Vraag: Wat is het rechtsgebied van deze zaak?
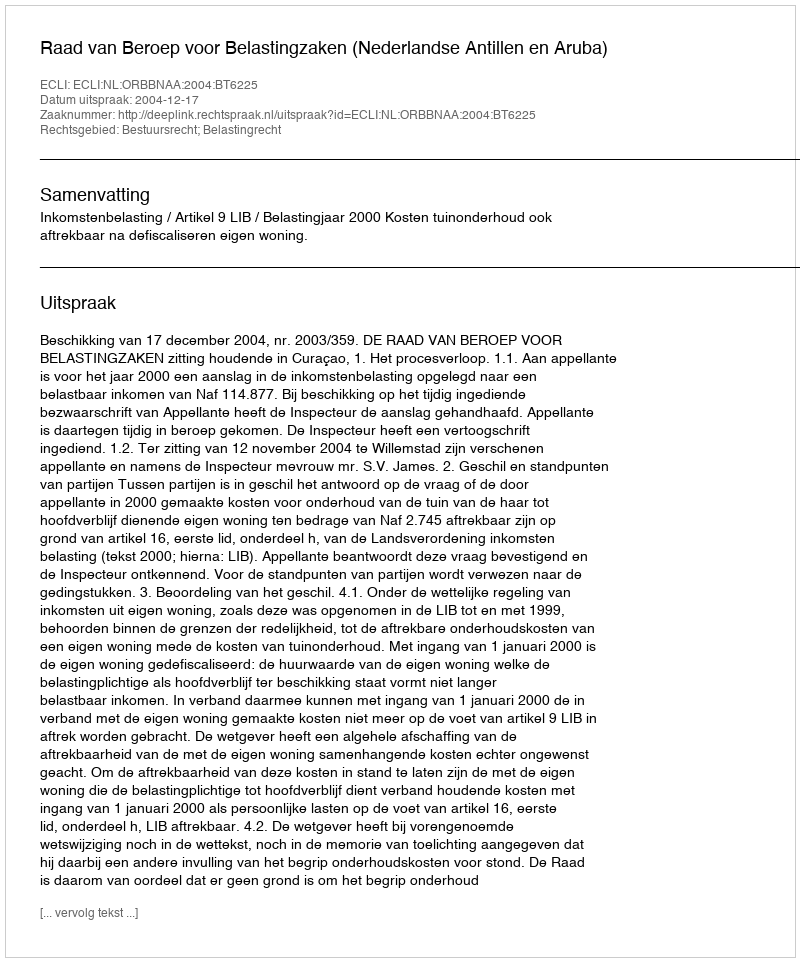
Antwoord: Bestuursrecht; Belastingrecht